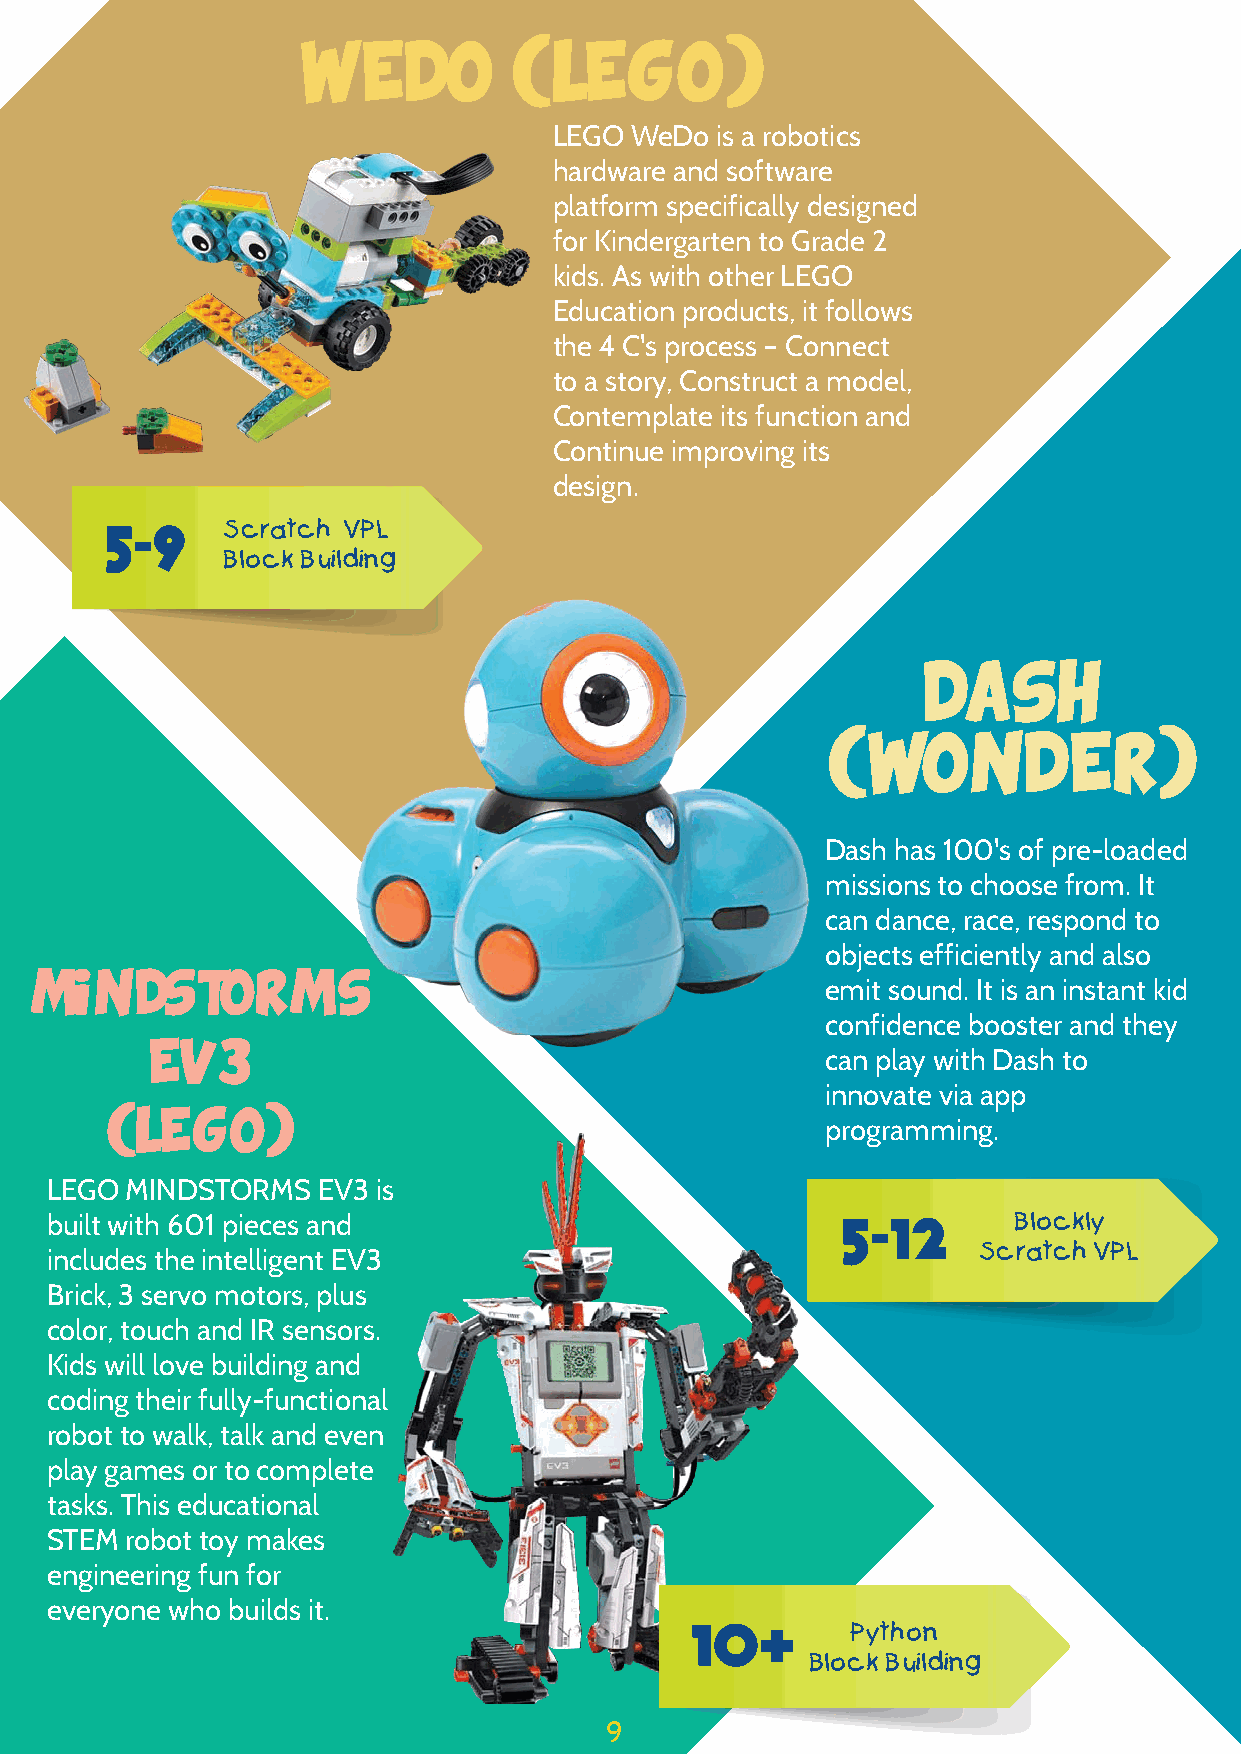
WEDO          (LEG0)
 LEGO WeDo is a robotics
 hardware and software
 platform specifically designed
 for Kindergarten to Grade 2
 kids. As with other LEGO
 Education products, it follows
 the 4 C's process – Connect
 to a story, Construct a model,
 Contemplate its function and
 Continue improving its
 design.
 5-9     Scratch VPL
 Block Building
 DASH
 (WONDER)
 Dash has 100's of pre-loaded
 missions to choose from. It
 can dance, race, respond to
 objects efficiently and also
 emit sound. It is an instant kid
 MINDSTORMS
 confidence booster and they
 can play with Dash to
 EV3
 innovate via app
 programming.
 (LEGO)
 LEGO MINDSTORMS   EV3 is
 built with 601 pieces and                            5-12       Blockly
 Scratch VPL
 includes the intelligent EV3
 Brick, 3 servo motors, plus
 color, touch and IR sensors.
 Kids will love building and
 coding their fully-functional
 robot to walk, talk and even
 play games or to complete
 tasks. This educational
 STEM robot toy makes
 engineering fun for
 everyone who builds it.
 10+
 Python
 Block Building
 9